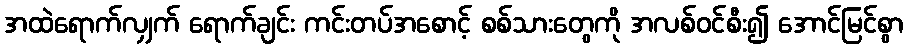
အထဲရောက်လျှက် ရောက်ချင်း ကင်းတပ်အစောင့် စစ်သားတွေကို အလစ်ဝင်စီး၍ အောင်မြင်စွာ